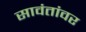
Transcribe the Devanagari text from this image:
सावंतांवर